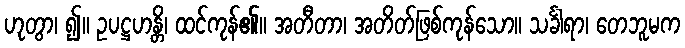
ဟုတွာ၊ ၍။ ဥပဋ္ဌဟန္တိ၊ ထင်ကုန်၏။ အတီတာ၊ အတိတ်ဖြစ်ကုန်သော။ သင်္ခါရာ၊ တေဘူမက